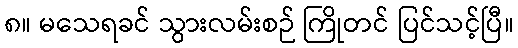
၈။ မသေရခင် သွားလမ်းစဉ် ကြိုတင် ပြင်သင့်ပြီ။